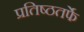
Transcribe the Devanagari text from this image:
प्रतिष्ठतर्फे